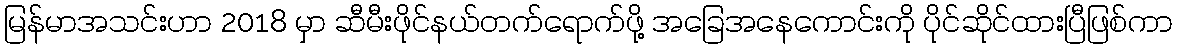
မြန်မာအသင်းဟာ 2018 မှာ ဆီမီးဖိုင်နယ်တက်ရောက်ဖို့ အခြေအနေကောင်းကို ပိုင်ဆိုင်ထားပြီဖြစ်ကာ